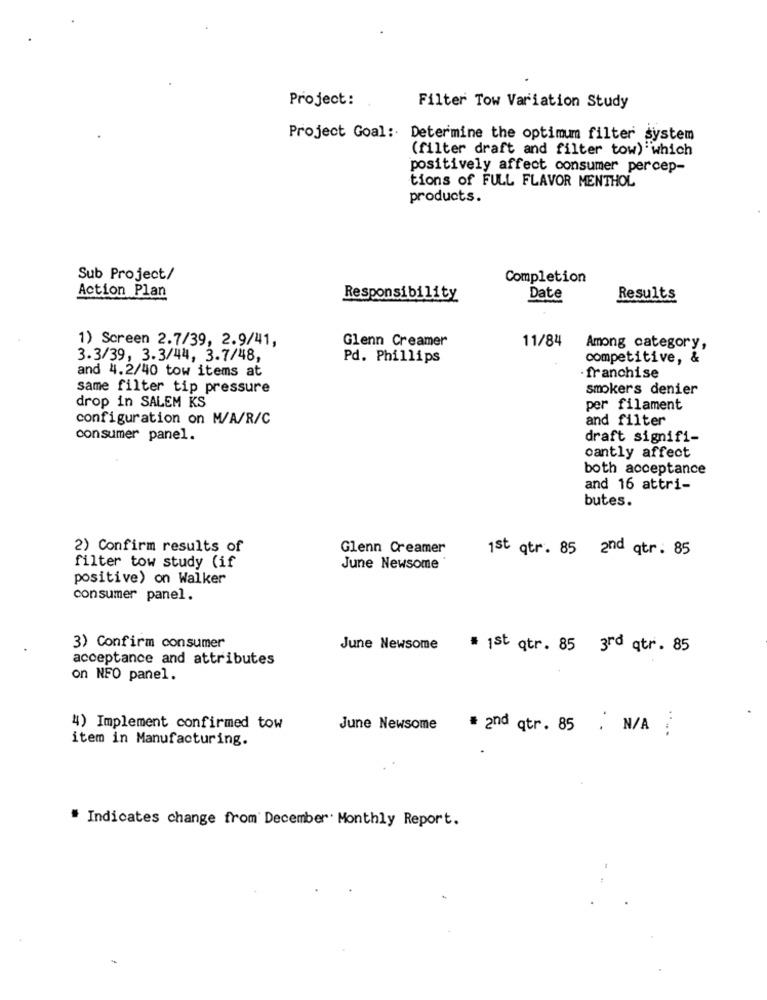
Project:
Filter Tow Variation Study
Project Goal: Determine the optimum filter system
(filter draft and filter tow) which
positively affect consumer percep-
tions of FULL FLAVOR MENTHOL
products.
Sub Project/
Completion
Action Plan
Responsibility
Date
Results
1) Screen 2.7/39, 2.9/41,
Glenn Creamer
11/84
Among category,
3.3/39, 3.3/44, 3.7/48,
Pd. Phillips
competitive, &
and 4.2/40 tow items at
franchise
same filter tip pressure
smokers denier
drop in SALEM KS
per filament
configuration on M/A/R/C
and filter
consumer panel.
draft signifi-
cantly affect
both acceptance
and 16 attri-
butes.
2) Confirm results of
Glenn Creamer
1st qtr. 85 2nd qtr. 85
filter tow study (if
June Newsome
positive) on Walker
consumer panel.
3) Confirm consumer
June Newsome
# 1st qtr. 85 3rd qtr. 85
acceptance and attributes
on NFO panel.
4) Implement confirmed tow
June Newsome
# and qtr. 85 . N/A
item in Manufacturing.
" Indicates change from' December. Monthly Report.